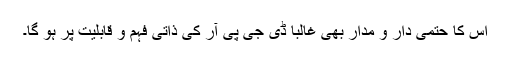
اس کا حتمی دار و مدار بھی غالباً ڈی جی پی آر کی ذاتی فہم و قابلیت پر ہو گا۔